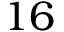
1 6